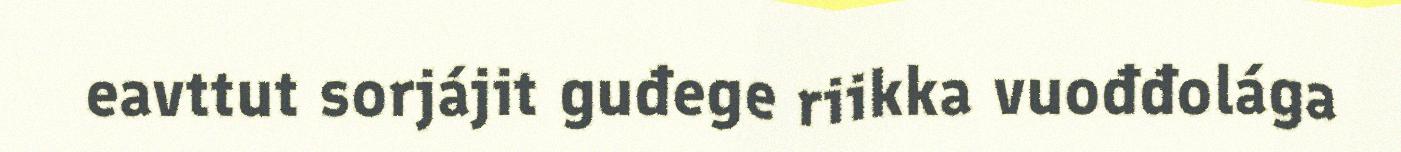
eavttut sorjájit guđege riikka vuođđolága